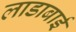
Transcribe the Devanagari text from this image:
लाडाबाई